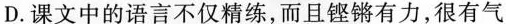
D.课文中的语言不仅精练，而且铿锵有力，很有气